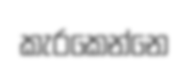
කැරකෙන්නෙ